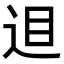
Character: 𨒚